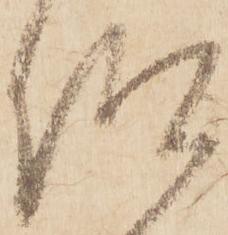
仰